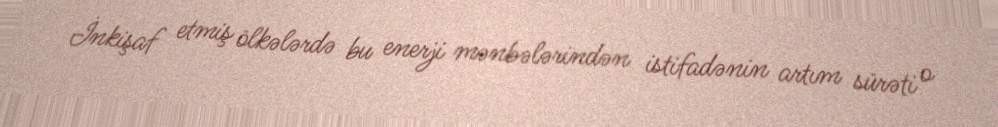
İnkişaf etmiş ölkələrdə bu enerji mənbələrindən istifadənin artım sürəti o